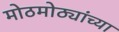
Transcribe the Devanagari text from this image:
मोठमोठ्यांच्या